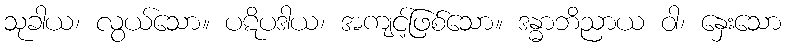
သုခါယ၊ လွယ်သော။ ပဋိပဒါယ၊ အကျင့်ဖြစ်သော။ ဒန္ဓာဘိညာယ ဝါ၊ နှေးသော